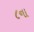
૮ના